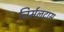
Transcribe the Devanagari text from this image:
निर्मलदास